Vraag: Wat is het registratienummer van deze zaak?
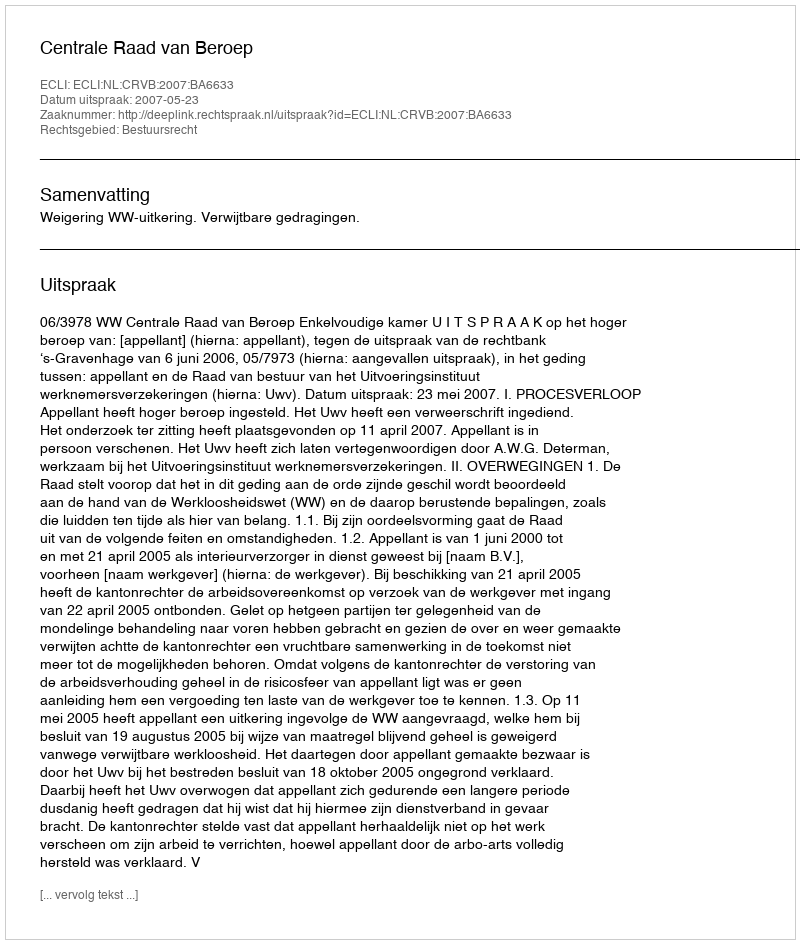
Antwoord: http://deeplink.rechtspraak.nl/uitspraak?id=ECLI:NL:CRVB:2007:BA6633